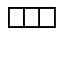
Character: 罒